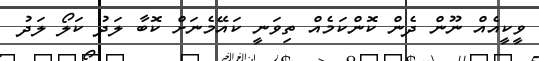
ވީކީއެއް ނޫން ދެން ކޮންކަމެއް ތިވަނީ ކައޭމެނަށް ކޮބާ ލަދު ކަލޯ ލަދު